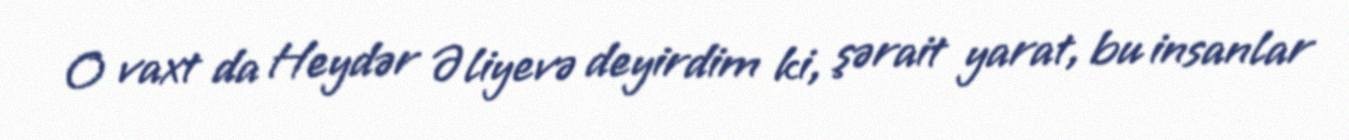
O vaxt da Heydər Əliyevə deyirdim ki, şərait yarat, bu insanlar